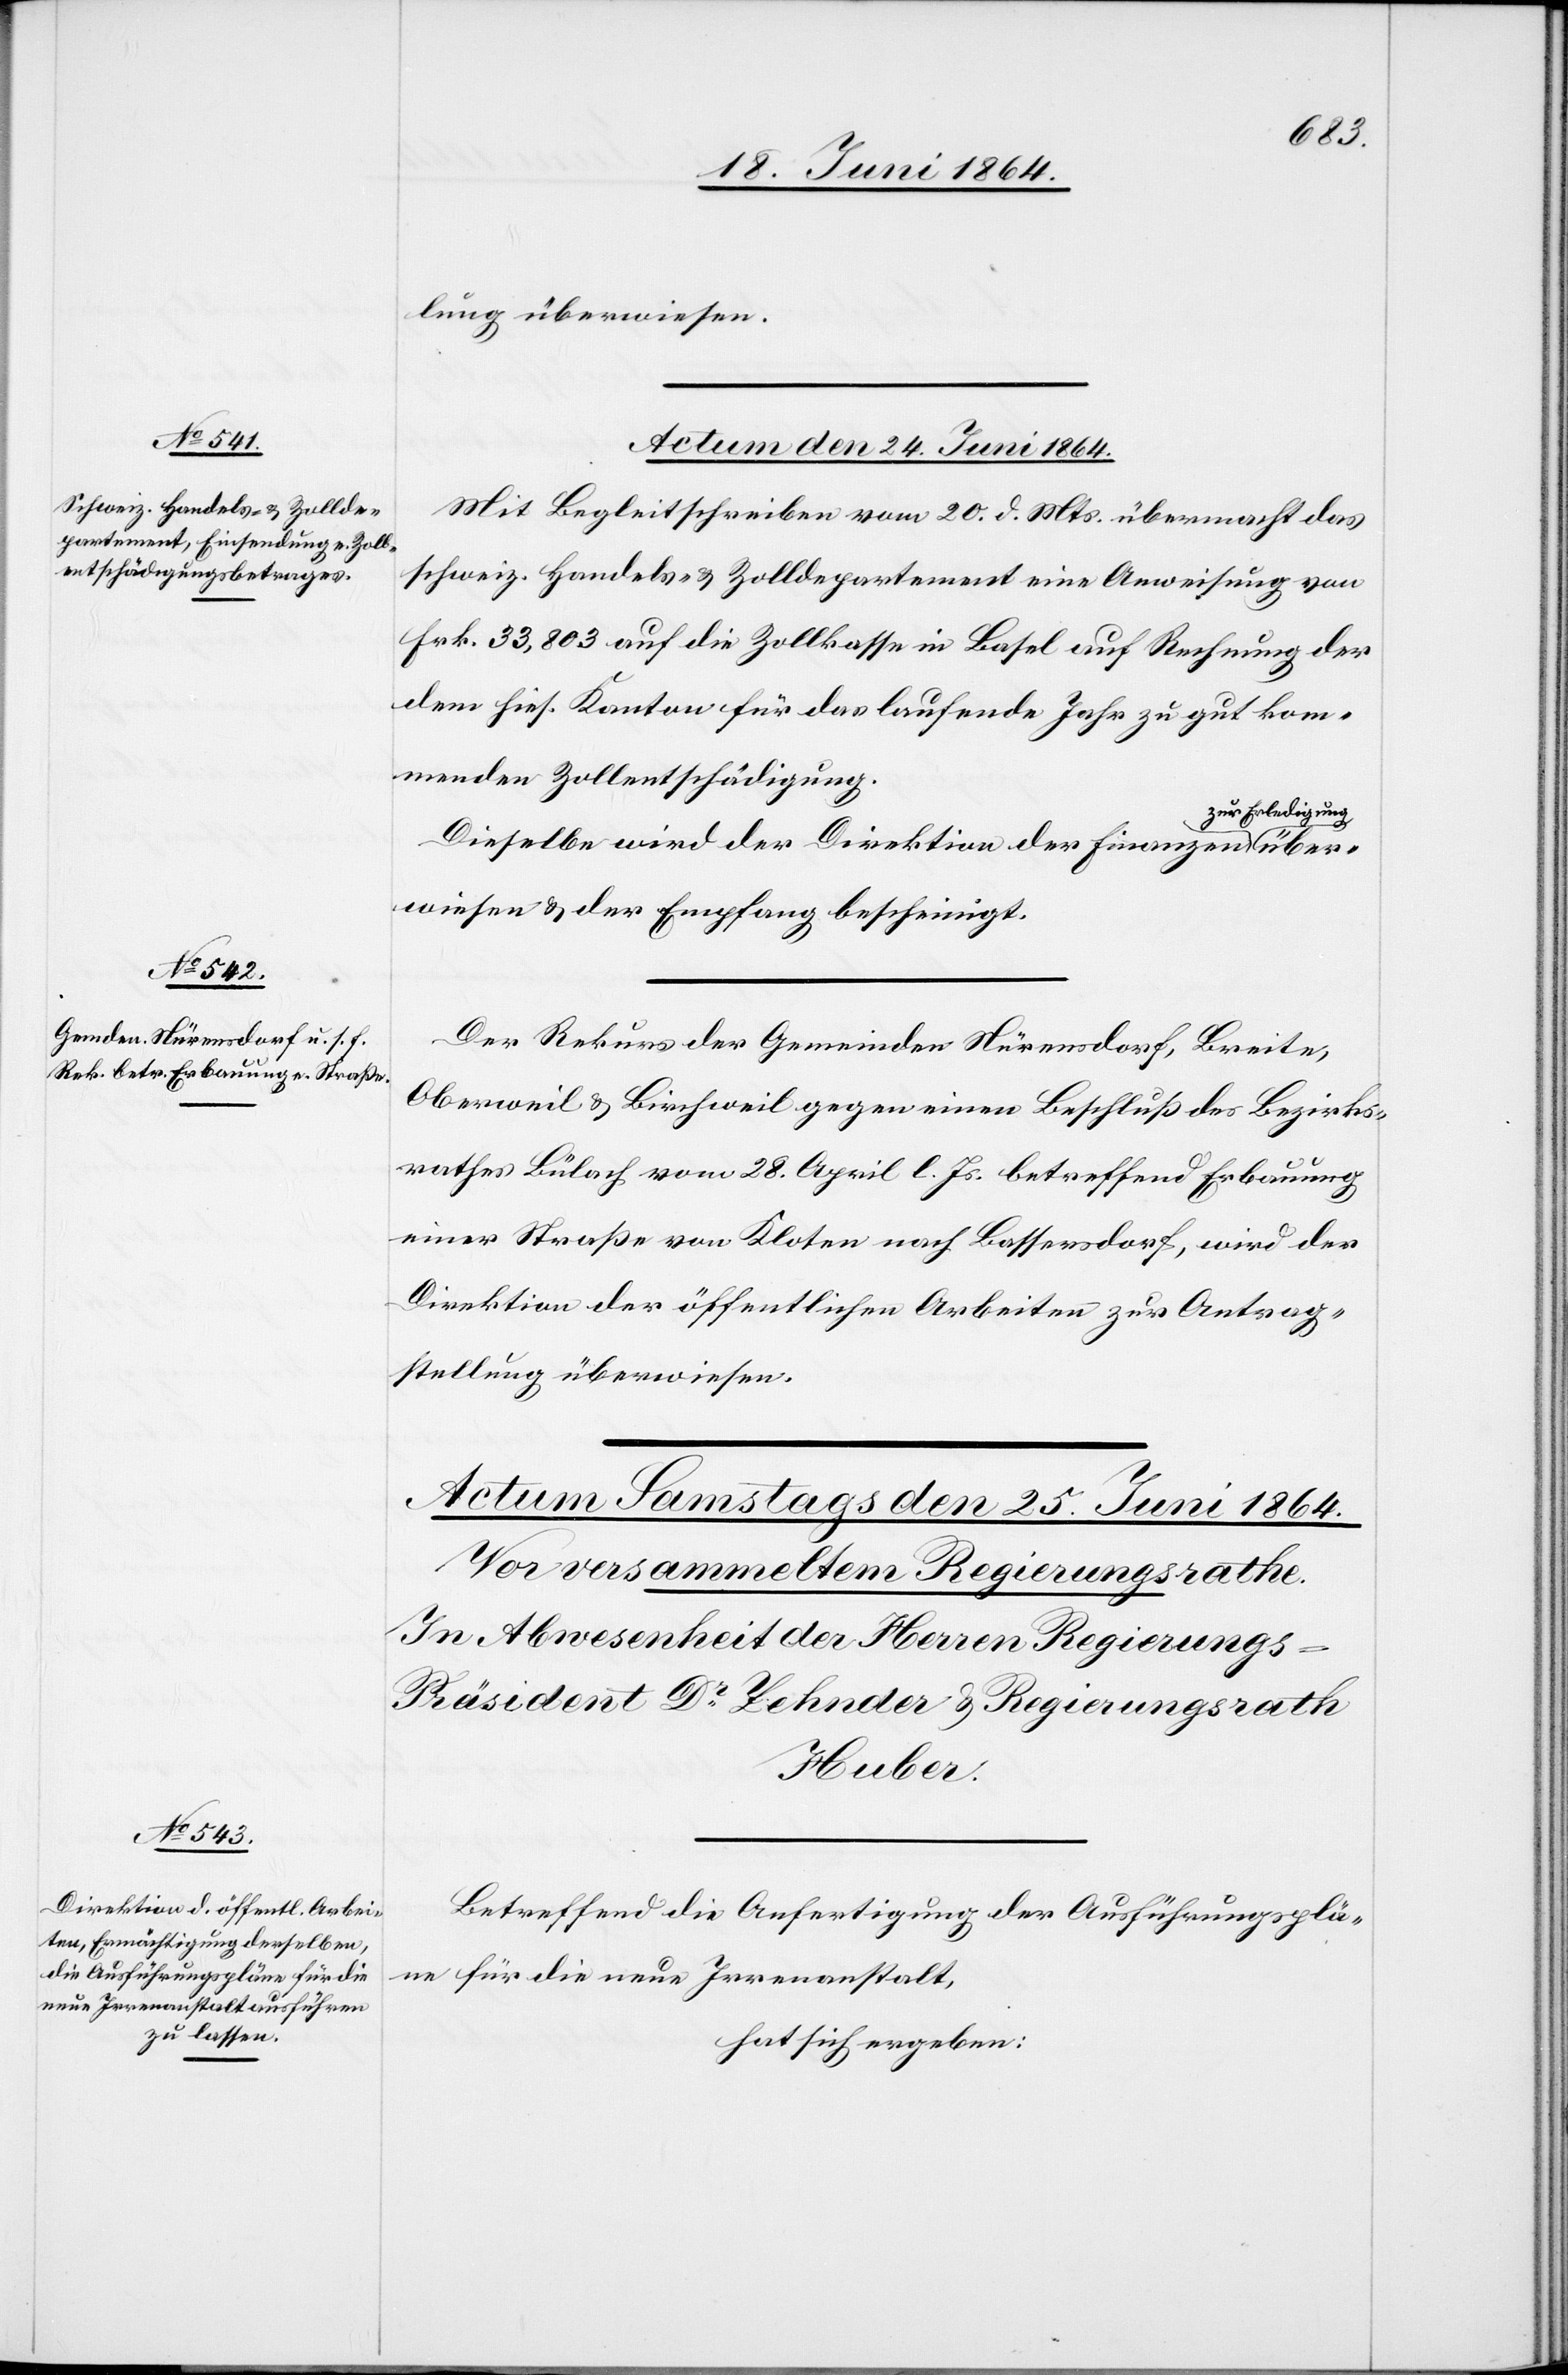
lung überwiesen.
Actum den 24. Juni 1864.]
Mit Begleitschreiben vom 20. d. Mts. übermacht das
schweiz. Handels- u. Zolldepartement eine Anweisung von
Frk. 33,803 auf die Zollkasse in Basel auf Rechnung der
dem hies. Kanton für das laufende Jahr zu gut kom¬
menden Zollentschädigung.
zur Erledigung
Dieselbe wird der Direktion der Finanzen
wiesen u. der Empfang bescheinigt.
Der Rekurs der Gemeinden Nürensdorf, Breite,
Oberweil u. Birchweil gegen einen Beschluß des Bezirks¬
rathes Bülach vom 28. April l. Js. betreffend Erbauung
einer Straße von Kloten nach Bassersdorf, wird der
Direktion der öffentlichen Arbeiten zur Antrag¬
stellung überwiesen.
über¬